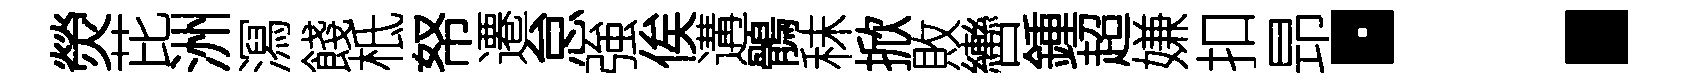
熒芘洲㵼餞柢帑遷怠強俟遘鶻秣掀敗轡鍾超嫌扣昻：